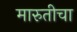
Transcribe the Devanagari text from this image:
मारुतीचा